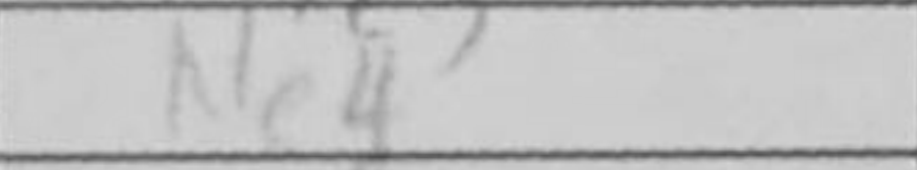
Transcription: Ne4